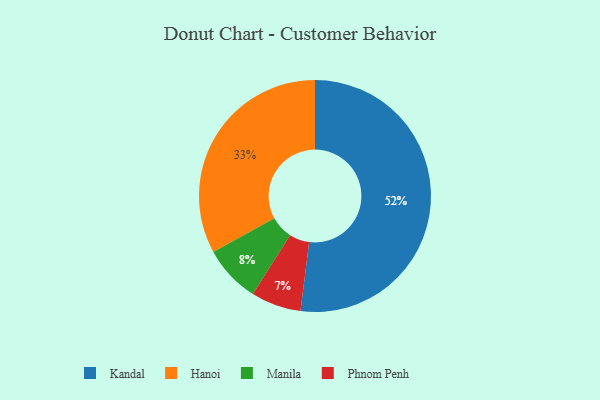
{"axis": {"x": "Category", "y": "Percentage"}, "legend": ["Hanoi", "Kandal", "Manila", "Phnom Penh"], "data": [{"x": "Kandal", "y": 52, "type": "Kandal"}, {"x": "Hanoi", "y": 33, "type": "Hanoi"}, {"x": "Manila", "y": 8, "type": "Manila"}, {"x": "Phnom Penh", "y": 7, "type": "Phnom Penh"}]}